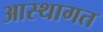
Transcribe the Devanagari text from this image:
आस्थागत